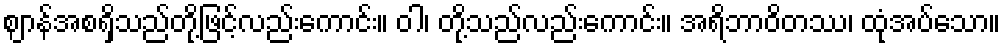
ဈာန်အစရှိသည်တို့ဖြင့်လည်းကောင်း။ ဝါ၊ တို့သည်လည်းကောင်း။ အရိဘာဝိတဿ၊ ထုံအပ်သော။